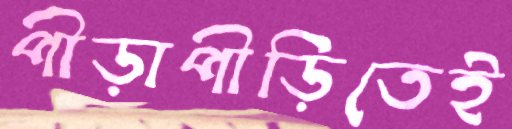
পীড়াপীড়িতেই